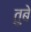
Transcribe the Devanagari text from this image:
तुबे